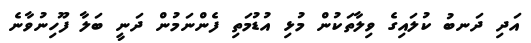
އަދި ދަނބު ކުލައިގެ ވިލާތަކުން މުޅި އުޑުމަތި ފެންނަމުން ދަނީ ބަލާ ފޫހިނުވާނެ